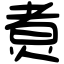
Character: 煑